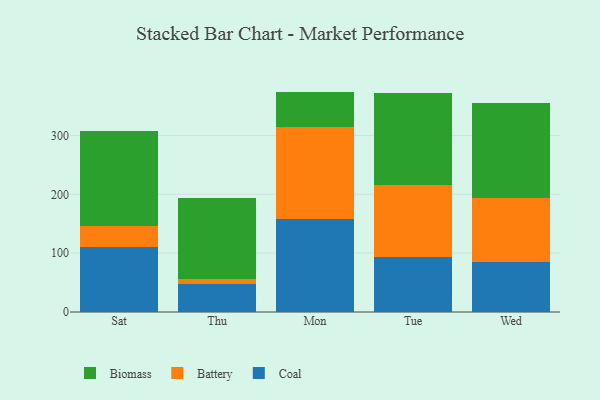
{"axis": {"x": "Day", "y": "Satisfaction Score"}, "legend": ["Battery", "Biomass", "Coal"], "data": [{"x": "Sat", "y": 110.8, "type": "Coal"}, {"x": "Sat", "y": 35.4, "type": "Battery"}, {"x": "Sat", "y": 161.6, "type": "Biomass"}, {"x": "Thu", "y": 48.4, "type": "Coal"}, {"x": "Thu", "y": 8.5, "type": "Battery"}, {"x": "Thu", "y": 136.3, "type": "Biomass"}, {"x": "Mon", "y": 157.3, "type": "Coal"}, {"x": "Mon", "y": 156.8, "type": "Battery"}, {"x": "Mon", "y": 60.5, "type": "Biomass"}, {"x": "Tue", "y": 94.1, "type": "Coal"}, {"x": "Tue", "y": 122.0, "type": "Battery"}, {"x": "Tue", "y": 155.6, "type": "Biomass"}, {"x": "Wed", "y": 84.5, "type": "Coal"}, {"x": "Wed", "y": 109.0, "type": "Battery"}, {"x": "Wed", "y": 161.9, "type": "Biomass"}]}